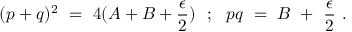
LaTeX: ( p + q ) ^ { 2 } ~ = ~ 4 ( A + B + \frac { \epsilon } { 2 } ) ~ ~ ; ~ ~ p q ~ = ~ B ~ + ~ \frac { \epsilon } { 2 } ~ .